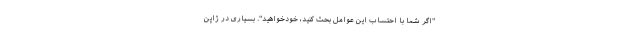
"اگر شما با احتساب این عوامل بحث کنید، خودخواهید". بسیاری در ژاپن